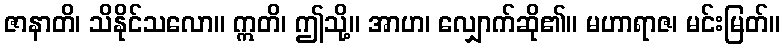
ဇာနာတိ၊ သိနိုင်သလော။ ဣတိ၊ ဤသို့။ အာဟ၊ လျှောက်ဆို၏။ မဟာရာဇ၊ မင်းမြတ်။